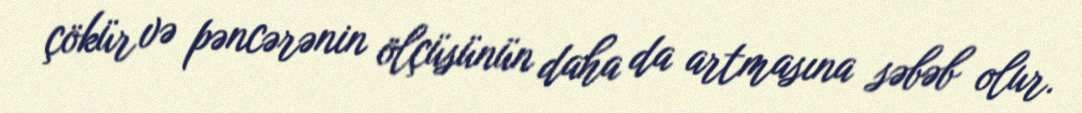
çökür və pəncərənin ölçüsünün daha da artmasına səbəb olur.